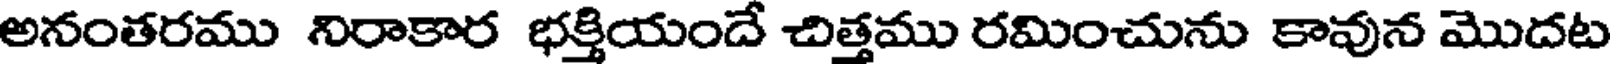
అనంతరము నిరాకార భక్తియందే చిత్తము రమించును కావున మొదట